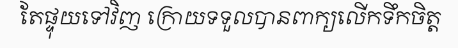
តែផ្ទុយទៅវិញ ក្រោយទទួលបានពាក្យលើកទឹកចិត្ត